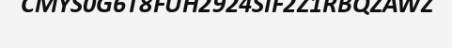
CMYS0G6T8FUH2924SIF2Z1RBQZAWZ